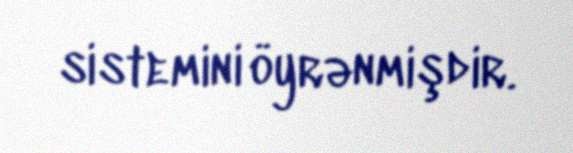
sistemini öyrənmişdir.